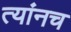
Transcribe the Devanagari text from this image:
त्यांनच